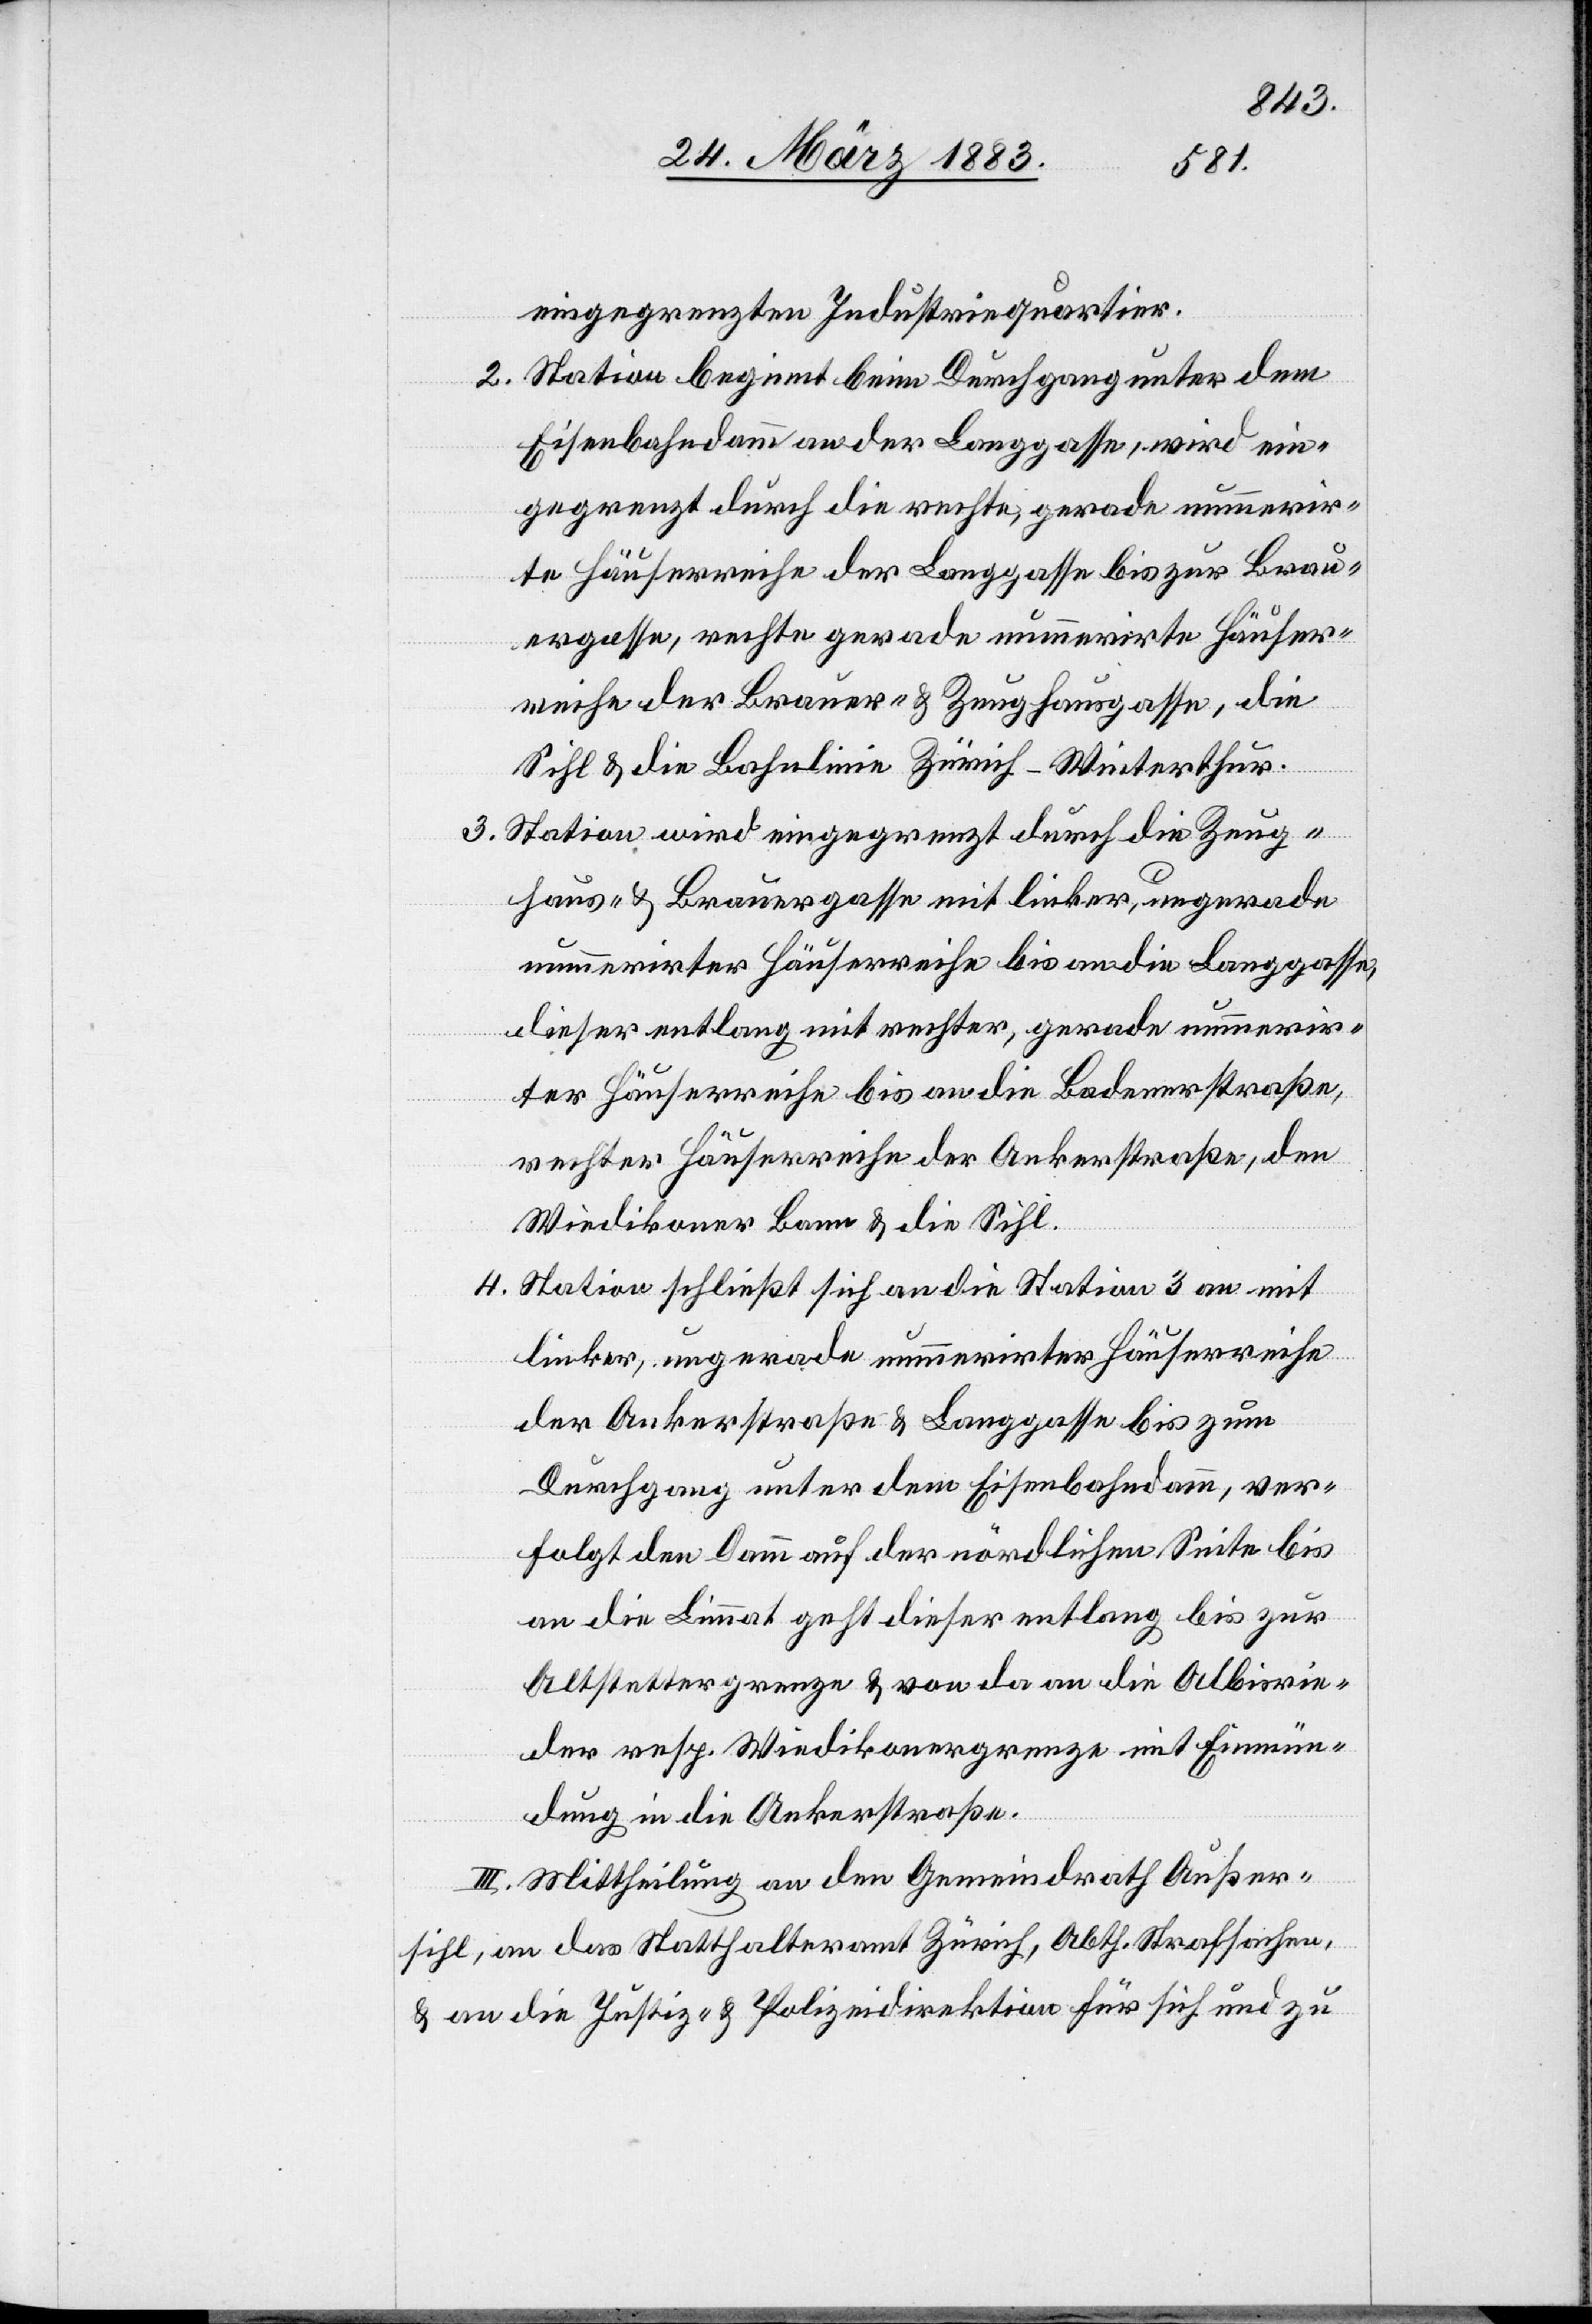
eingegrenzten Industriequartier.
2. Station beginnt beim Durchgang unter dem
Eisenbahndamm an der Langgasse, wird ein¬
gegrenzt durch die rechte, gerade nummerir¬
te Häuserreihe der Langgasse bis zur Brau¬
ergasse, rechte gerade nummerirte Häuser¬
reihe der Brauer- & Zeughausgasse, die
Sihl & die Bahnlinie Zürich–Winterthur.
3. Station wird eingegrenzt durch die Zeug¬
haus- & Brauergasse mit linker, ungerade
nummerirter Häuserreihe bis an die Langgasse,
dieser entlang mit rechter, gerade nummerir¬
ter Häuserreihe bis an die Badenerstraße,
rechter Häuserreihe der Ankerstraße, den
Wiedikoner Bann & die Sihl.
4. Station schließt sich an die Station 3 an mit
linker, ungerade nummerirter Häuserreihe
der Ankerstraße & Langgasse bis zum
Durchgang unter dem Eisenbahndamm, ver¬
folgt den Damm auf der nördlichen Seite bis
an die Limmat geht dieser entlang bis zur
Altstettergrenze & von da an die Albisrie¬
der resp. Wiedikonergrenze mit Einmün¬
dung in die Ankerstraße.
III. Mittheilung an den Gemeindrath Außer¬
sihl, an das Statthalteramt Zürich, Abth. Strafsachen,
& an die Justiz- & Polizeidirektion für sich und zu